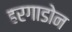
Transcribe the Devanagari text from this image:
हरगाडोन